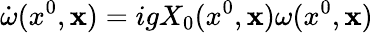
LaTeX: \dot{\omega}(x^{0},{\mathbf x})=igX_{0}(x^{0},{\mathbf x})\omega(x^{0},{\mathbf x})